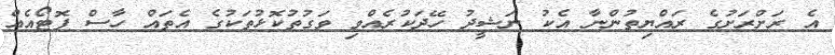
އެ ރަށްރަށުގެ ރައްޔިތުންނާ އެކު ނަޝީދު ހޭދަކުރެއްވި ވަގުތުކޮޅުތަކުގެ އެތައް ހާސް ފޮޓޯއެއް